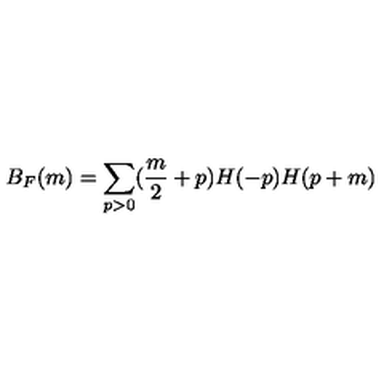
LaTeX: B _ { F } ( m ) = \sum _ { p > 0 } ( \frac { m } { 2 } + p ) H ( - p ) H ( p + m )